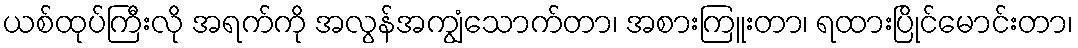
ယစ်ထုပ်ကြီးလို အရက်ကို အလွန်အကျွံသောက်တာ၊ အစားကြူးတာ၊ ရထားပြိုင်မောင်းတာ၊